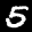
Label: 5